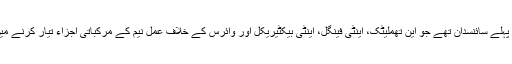
ڈاکٹر صدیقی وہ پہلے سائنسدان تھے جو این تھملیٹک، اینٹی فینگل، اینٹی بیکٹیریکل اور وائرس کے خلاف عمل نیم کے مرکباتی اجزاء تیار کرنے میں کامیاب ہوئے۔